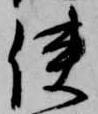
使